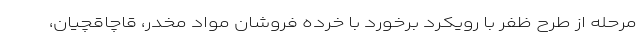
مرحله از طرح ظفر با رویکرد برخورد با خرده فروشان مواد مخدر، قاچاقچیان،